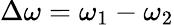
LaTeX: \Delta\omega=\omega_{1}-\omega_{2}